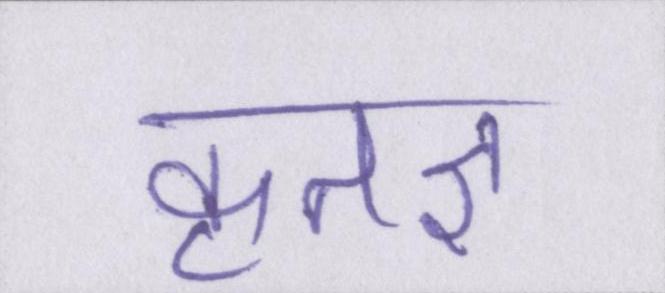
कृतज्ञ